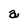
Character: a